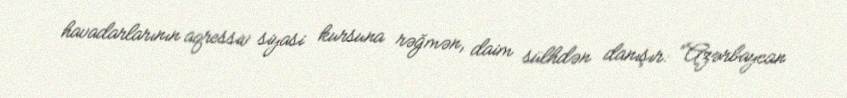
havadarlarının aqressiv siyasi kursuna rəğmən, daim sülhdən danışır: “Azərbaycan